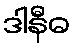
ဒါနီဓ